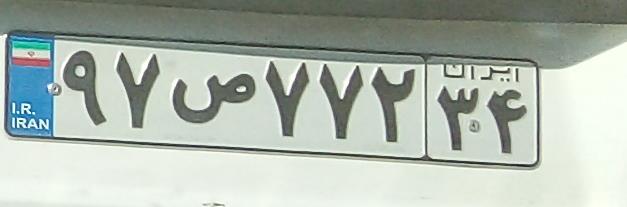
۹۷ص۷۷۲۳۴